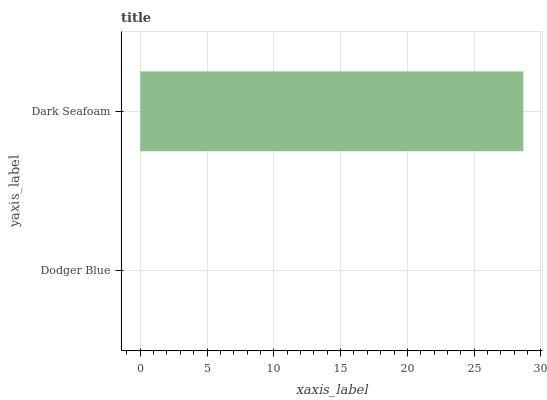
| yaxis_label | bars |
 | --- | --- |
 | Dodger Blue | 0 |
 | Dark Seafoam | 28.7 |